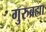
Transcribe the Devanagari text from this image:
गुरुब्रह्मा